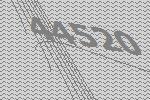
44520